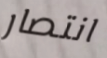
انتصار